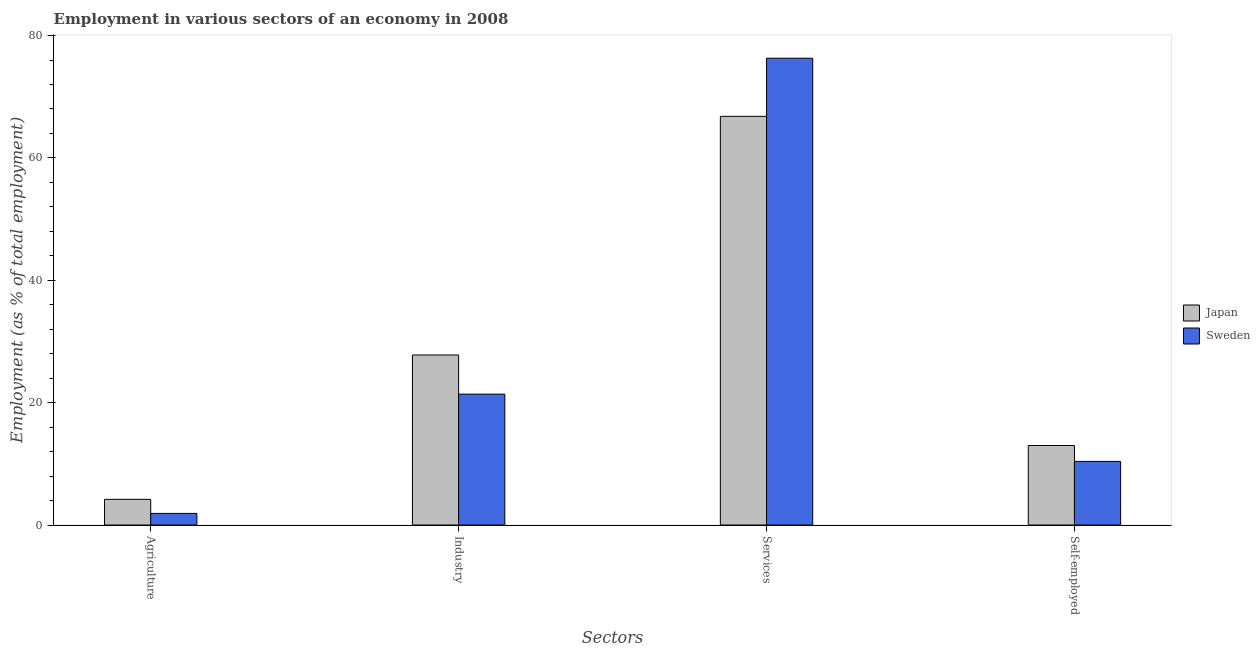
| Sectors | Japan | Sweden |
 | --- | --- | --- |
 | Agriculture | 4.2 | 1.9 |
 | Industry | 27.8 | 21.4 |
 | Services | 66.8 | 76.3 |
 | Self-employed | 13 | 10.4 |